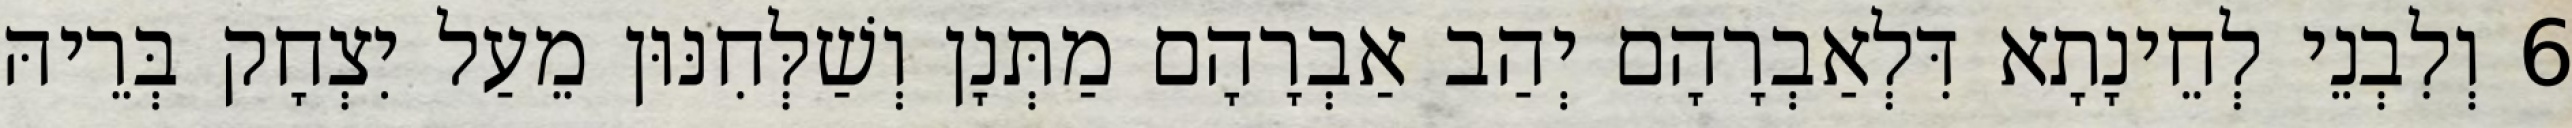
6 וְלִבְנֵי לְחֵינָתָא דִּלְאַבְרָהָם יְהַב אַבְרָהָם מַתְּנָן וְשַׁלְּחִנּוּן מֵעַל יִצְחָק בְּרֵיהּ